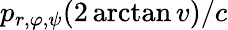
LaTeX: p_{r,\varphi,\psi}(2\arctan v)/c